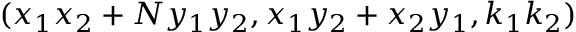
( x _ { 1 } x _ { 2 } + N y _ { 1 } y _ { 2 } , x _ { 1 } y _ { 2 } + x _ { 2 } y _ { 1 } , k _ { 1 } k _ { 2 } )